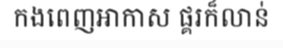
កងពេញអាកាស ផ្គរក៏លាន់